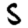
Digit: 5